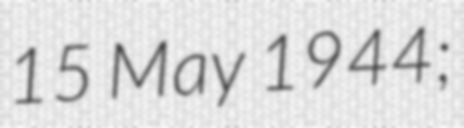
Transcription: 15 May 1944;